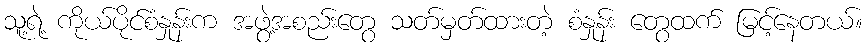
သူ့ရဲ့ ကိုယ်ပိုင်စံနှုန်းက အဖွဲ့အစည်းတွေ သတ်မှတ်ထားတဲ့ စံနှုန်း တွေထက် မြင့်နေတယ်။